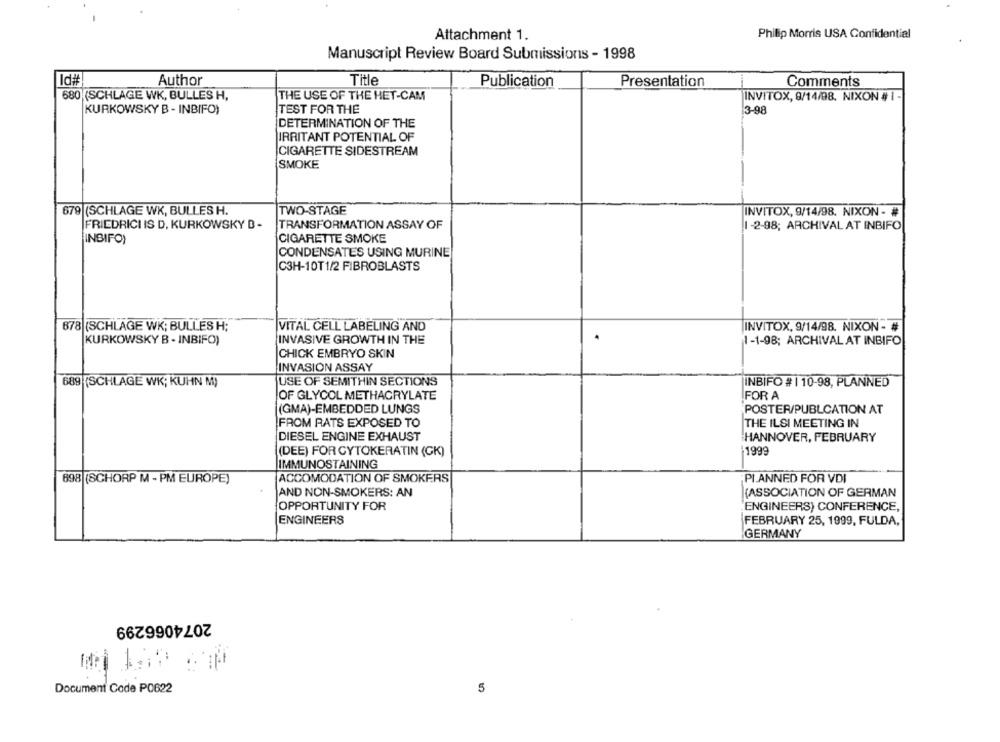
Attachment 1.
Philip Morris USA Confidential
Manuscript Review Board Submissions - 1998
Id#
Author
Title
Publication
Presentation
Comments
680 (SCHLAGE WK, BULLES H,
THE USE OF THE HET-CAM
INVITOX, 9/14/98. NIXON # 1 -
KURKOWSKY B - INBIFO)
TEST FOR THE
3-98
DETERMINATION OF THE
IRRITANT POTENTIAL OF
CIGARETTE SIDESTREAM
SMOKE
679 (SCHLAGE WK, BULLES H.
TWO-STAGE
INVITOX, 9/14/98. NIXON - #
FRIEDRICH IS D, KURKOWSKY D -
TRANSFORMATION ASSAY OF
1 -2-98; ARCHIVAL AT INBIFO
CIGARETTE SMOKE
INBIFO)
CONDENSATES USING MURINE
C3H-10T1/2 FIBROBLASTS
678 (SCHLAGE WK; BULLES H;
VITAL CELL LABELING AND
INVITOX, 9/14/98. NIXON- #
KURKOWSKY B - INBIFO)
INVASIVE GROWTH IN THE
1-1-98; ARCHIVAL AT INBIFO
CHICK EMBRYO SKIN
INVASION ASSAY
689 (SCHLAGE WK; KUHN M)
USE OF SEMITHIN SECTIONS
INBIFO # | 10-98, PLANNED
OF GLYCOL METHACRYLATE
FOR A
(GMA)-EMBEDDED LUNGS
POSTER/PUBLCATION AT
FROM RATS EXPOSED TO
THE ILSI MEETING IN
DIESEL ENGINE EXHAUST
HANNOVER, FEBRUARY
(DEE) FOR CYTOKERATIN (CK)
1999
IMMUNOSTAINING
698 (SCHORP M - PM EUROPE)
ACCOMODATION OF SMOKERS
PLANNED FOR VDI
AND NON-SMOKERS: AN
(ASSOCIATION OF GERMAN
OPPORTUNITY FOR
ENGINEERS) CONFERENCE,
ENGINEERS
FEBRUARY 25, 1999, FULDA,
GERMANY
2074066299
Document Code P0622
5